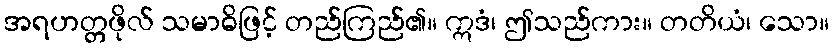
အရဟတ္တဖိုလ် သမာဓိဖြင့် တည်ကြည်၏။ ဣဒံ၊ ဤသည်ကား။ တတိယံ၊ သော။